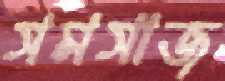
সমসাজ